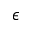
\epsilon